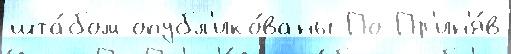
шта́бом опубл'ико́ваны По Пр'ин'я́в